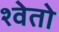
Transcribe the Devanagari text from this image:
श्वेतो